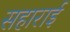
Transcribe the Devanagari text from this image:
सहाराई